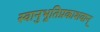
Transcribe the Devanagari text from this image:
स्वानुभूतिप्रकाशवान्